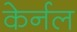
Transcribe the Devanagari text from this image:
केर्नल